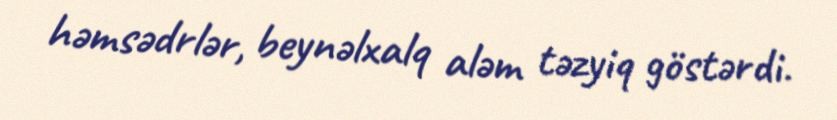
həmsədrlər, beynəlxalq aləm təzyiq göstərdi.